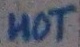
Text: HOT